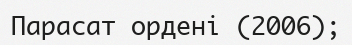
Парасат ордені (2006);